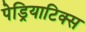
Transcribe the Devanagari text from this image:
पेड्रियाटिक्स